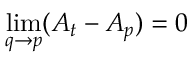
\operatorname* { l i m } _ { q \to p } ( A _ { t } - A _ { p } ) = 0